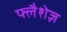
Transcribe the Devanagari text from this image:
फ्लैशेज़